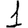
Digit: 1